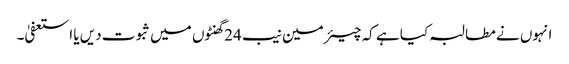
انہوں نے مطالبہ کیا ہے کہ چیئرمین نیب 24 گھنٹوں میں ثبوت دیں یا استعفیٰ۔